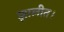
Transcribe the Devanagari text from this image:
झालीत।